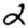
Digit: 2